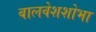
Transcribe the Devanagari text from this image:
बालवेशशोभा